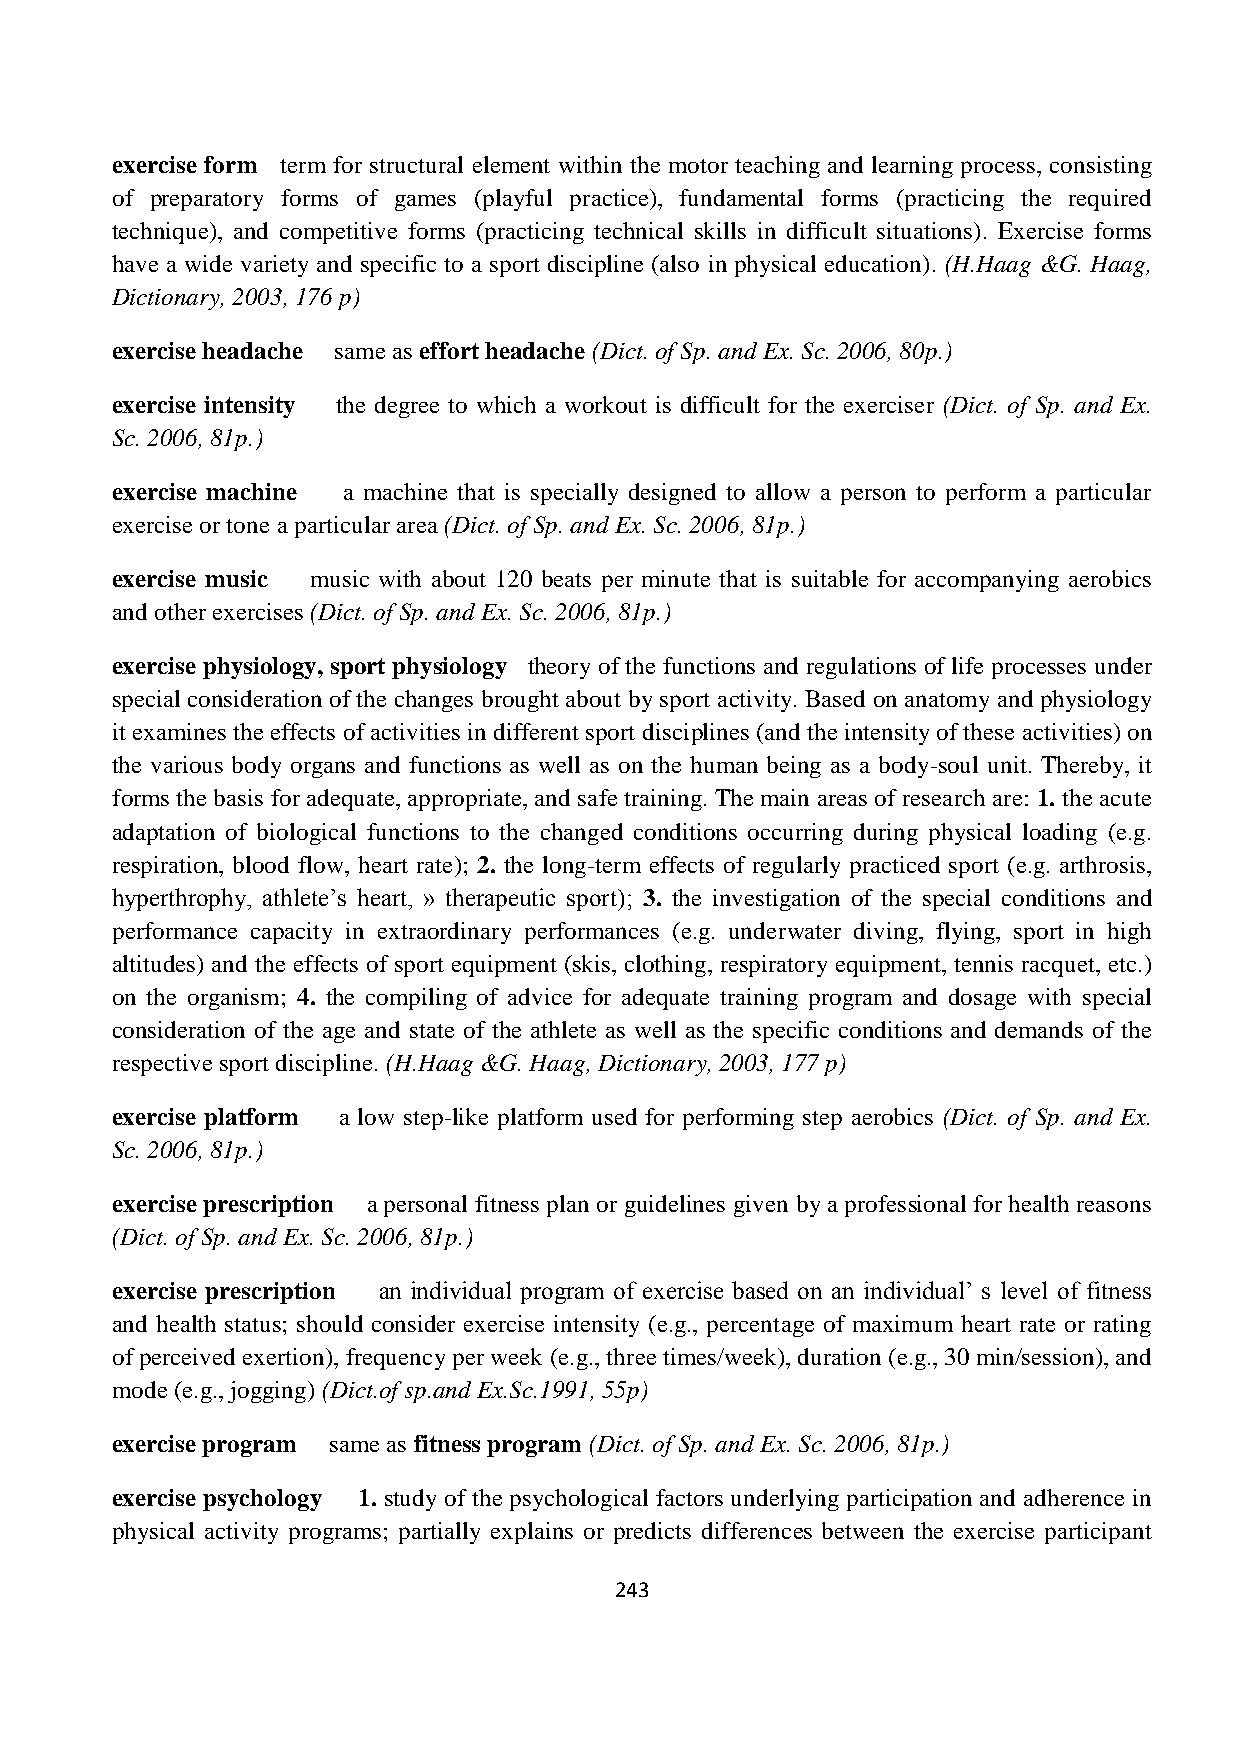
exercise form term for structural element within the motor teaching and learning process, consisting
 of preparatory forms of games (playful practice), fundamental forms (practicing the required
 technique), and competitive forms (practicing technical skills in difficult situations). Exercise forms
 have a wide variety and specific to a sport discipline (also in physical education). (H.Haag &G. Haag,
 Dictionary, 2003, 176 p)
 exercise headache same as effort headache (Dict. of Sp. and Ex. Sc. 2006, 80p.)
 exercise intensity the degree to which a workout is difficult for the exerciser (Dict. of Sp. and Ex.
 Sc. 2006, 81p.)
 exercise machine a machine that is specially designed to allow a person to perform a particular
 exercise or tone a particular area (Dict. of Sp. and Ex. Sc. 2006, 81p.)
 exercise music music with about 120 beats per minute that is suitable for accompanying aerobics
 and other exercises (Dict. of Sp. and Ex. Sc. 2006, 81p.)
 exercise physiology, sport physiology theory of the functions and regulations of life processes under
 special consideration of the changes brought about by sport activity. Based on anatomy and physiology
 it examines the effects of activities in different sport disciplines (and the intensity of these activities) on
 the various body organs and functions as well as on the human being as a body-soul unit. Thereby, it
 forms the basis for adequate, appropriate, and safe training. The main areas of research are: 1. the acute
 adaptation of biological functions to the changed conditions occurring during physical loading (e.g.
 respiration, blood flow, heart rate); 2. the long-term effects of regularly practiced sport (e.g. arthrosis,
 hyperthrophy, athlete’s heart, » therapeutic sport); 3. the investigation of the special conditions and
 performance capacity in extraordinary performances (e.g. underwater diving, flying, sport in high
 altitudes) and the effects of sport equipment (skis, clothing, respiratory equipment, tennis racquet, etc.)
 on the organism; 4. the compiling of advice for adequate training program and dosage with special
 consideration of the age and state of the athlete as well as the specific conditions and demands of the
 respective sport discipline. (H.Haag &G. Haag, Dictionary, 2003, 177 p)
 exercise platform a low step-like platform used for performing step aerobics (Dict. of Sp. and Ex.
 Sc. 2006, 81p.)
 exercise prescription a personal fitness plan or guidelines given by a professional for health reasons
 (Dict. of Sp. and Ex. Sc. 2006, 81p.)
 exercise prescription an individual program of exercise based on an individual’ s level of fitness
 and health status; should consider exercise intensity (e.g., percentage of maximum heart rate or rating
 of perceived exertion), frequency per week (e.g., three times/week), duration (e.g., 30 min/session), and
 mode (e.g., jogging) (Dict.of sp.and Ex.Sc.1991, 55p)
 exercise program same as fitness program (Dict. of Sp. and Ex. Sc. 2006, 81p.)
 exercise psychology 1. study of the psychological factors underlying participation and adherence in
 physical activity programs; partially explains or predicts differences between the exercise participant
 243